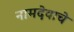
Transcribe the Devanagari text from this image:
नामदेवाचे